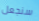
سنجعل